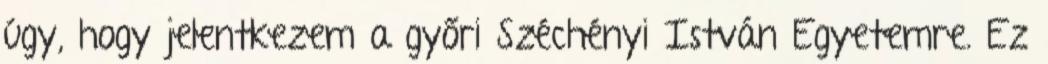
úgy, hogy jelentkezem a győri Széchényi István Egyetemre. Ez